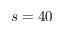
s = 4 0